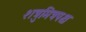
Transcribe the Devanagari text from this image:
शत्रुमित्रपक्ष